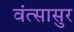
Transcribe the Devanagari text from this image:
वंत्सासुर